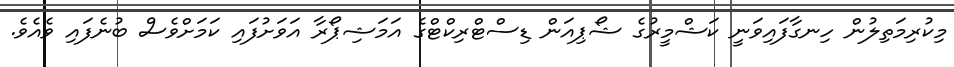
މިކުރިމަތިލުން ހިނގާފައިވަނީ ކަޝްމީރުގެ ޝޯޕިއަން ޑިސްޓްރިކްޓްގެ އަމަޝިޕޯރާ އަވަށުފައި ކަމަށްވެސް ބުނެފައި ވެއެވެ.